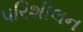
પરિશીલન